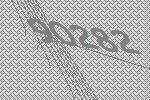
90282